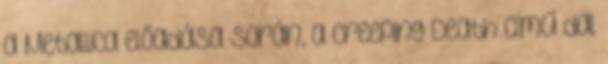
a Metallica előadása során, a Creeping Death című dal